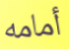
أمامه